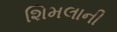
શિમલાની